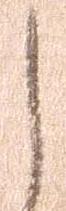
し